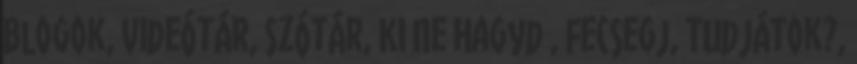
Blogok, Videótár, Szótár, Ki Ne Hagyd , Fecsegj, Tudjátok?,